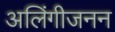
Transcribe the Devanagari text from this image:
अलिंगीजनन